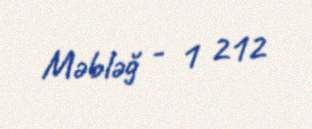
Məbləğ - 1 212